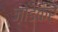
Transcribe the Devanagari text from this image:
ज़ोडकर